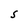
Character: S